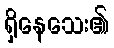
ရှိနေသေး၏